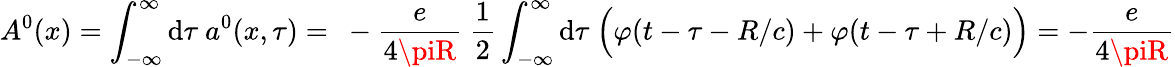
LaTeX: A^{0}(x)=\int_{-\infty}^{\infty}\mathrm{d}\tau\ a^{0}(x,\tau)=\ -\frac{{e}}{{4\piR}}\ \frac{1}{2}\int_{-\infty}^{\infty}\mathrm{d}\tau\ \Bigl(\varphi(t-\tau-R/c)+\varphi(t-\tau+R/c)\Bigr)=-\frac{{e}}{{4\piR}}